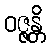
ဝဇ္ဇန္တိ